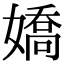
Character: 嬌